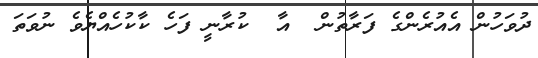
ދުވަހުން އެއުރެންގެ ފަރާތުން  އާ  ކުރާނީ ފަހެ ކާކުހެއްޔެވެ ނުވަތަ